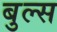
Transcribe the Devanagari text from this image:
बुल्‍स